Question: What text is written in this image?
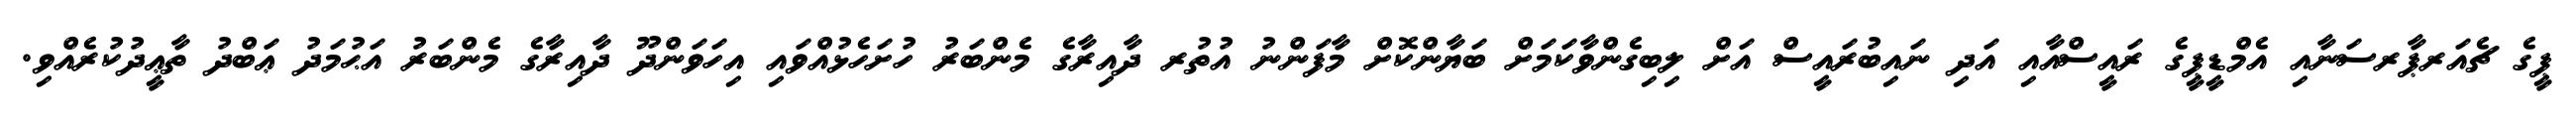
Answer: ޕީގެ ޗެއަރޕާރސަނާއި އެމްޑީޕީގެ ރައީސްއާއި އަދި ނައިބުރައީސް އަށް ލިބިގެންވާކަމަށް ބަޔާންކޮށް މާފަންނު އުތުރ ދާއިރާގެ މެންބަރު ހުށަހެޅުއްވައި އިހަވަންދޫ ދާއިރާގެ މެންބަރު އަޙުމަދު ޢަބްދު ތާޢީދުކުރެއްވި.